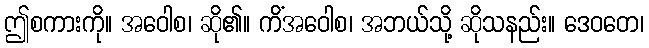
ဤစကားကို။ အဝေါစ၊ ဆို၏။ ကိံအဝေါစ၊ အဘယ်သို့ ဆိုသနည်း။ ဒေဝတေ၊